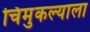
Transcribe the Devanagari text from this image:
चिमुकल्याला